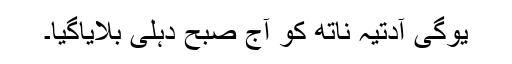
یوگی آدتیہ ناتھ کو آج صبح دہلی بلایاگیا۔